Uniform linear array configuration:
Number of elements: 16
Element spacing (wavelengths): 1
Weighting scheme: hamming
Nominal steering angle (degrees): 45
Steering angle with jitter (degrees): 44.557
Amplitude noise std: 0.05
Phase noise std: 0.05

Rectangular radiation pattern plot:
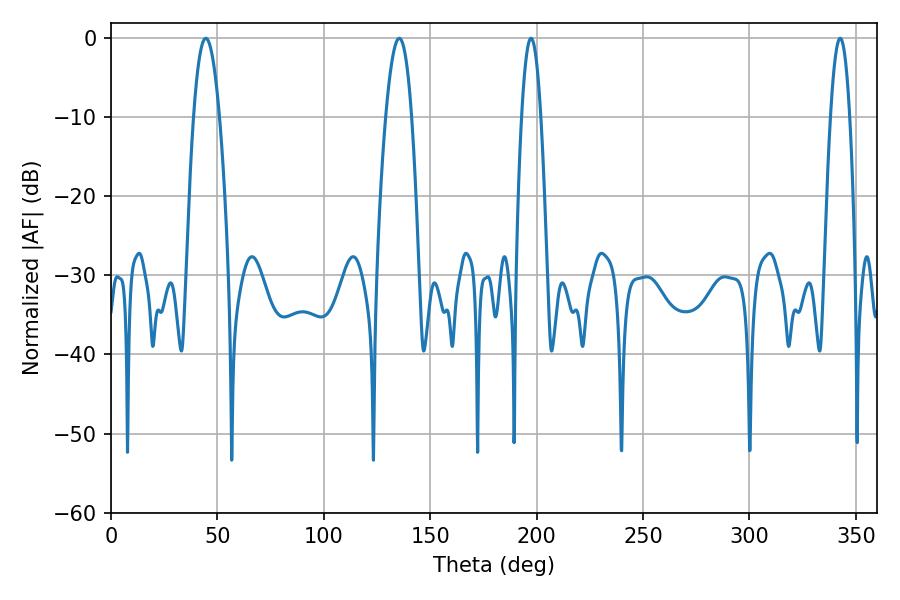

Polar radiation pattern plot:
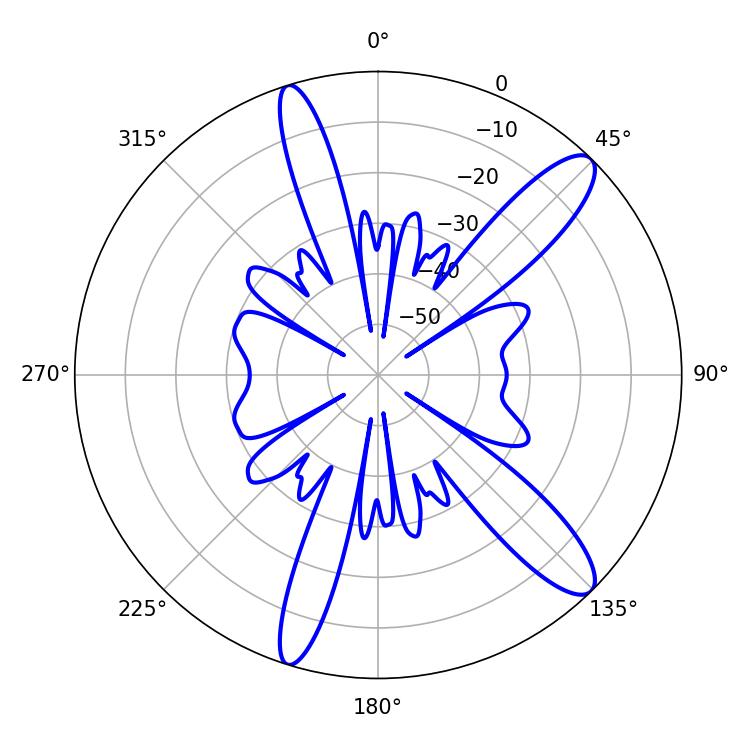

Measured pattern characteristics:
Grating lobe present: TRUE
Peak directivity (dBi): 12.192
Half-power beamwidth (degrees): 6.66
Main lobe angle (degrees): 44.46